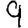
Digit: 9